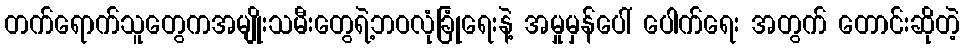
တက်ရောက်သူတွေကအမျိုးသမီးတွေရဲ့ဘဝလုံခြုံရေးနဲ့ အမှုမှန်ပေါ် ပေါက်ရေး အတွက် တောင်းဆိုတဲ့